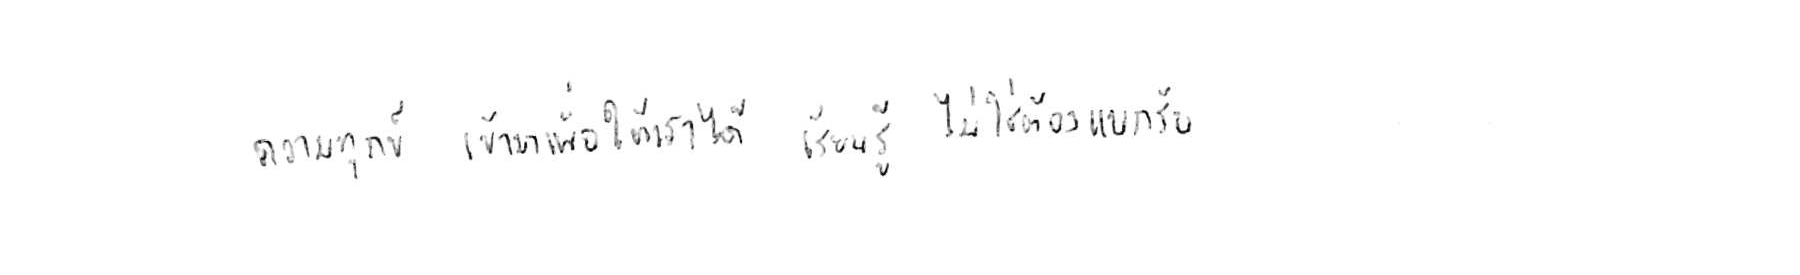
ความทุกข์ เข้ามาเพื่อให้เราได้ เรียนรู้ ไม่ใช่ต้อง แบกรับ